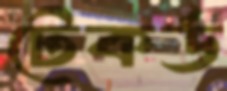
টেকর্ড